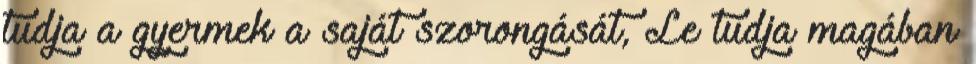
tudja a gyermek a saját szorongását, Le tudja magában